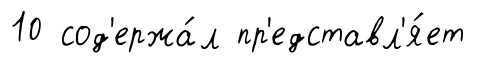
10 сод'ержа́л пр'едставл'я́ет